Civil Veterinary Dept. Bombay admin report 1907-1913 - 1907-1913
Year: 1907
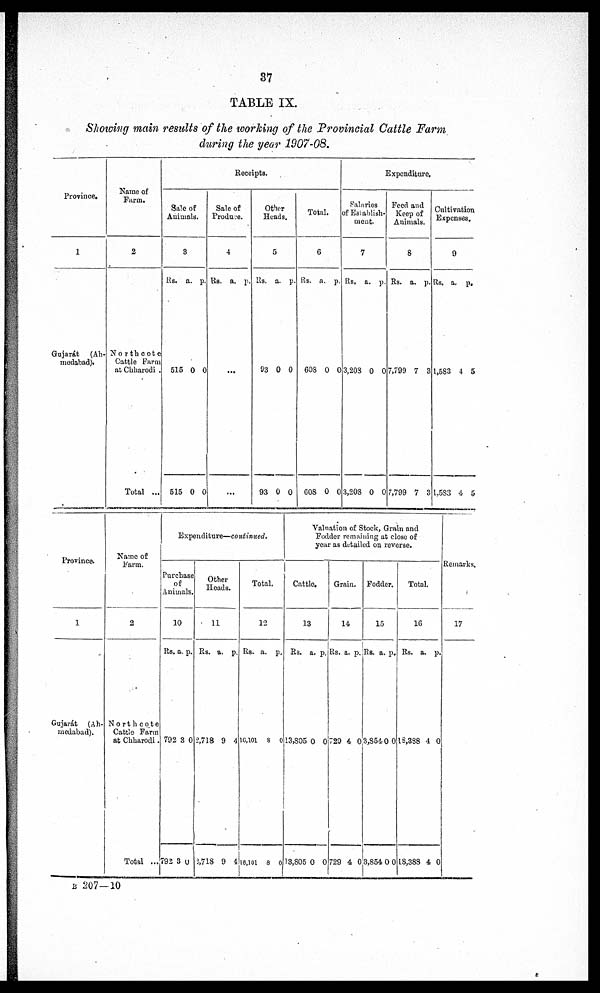
87
TABLE IX.
Showing main results of the working of the Provincial Cattle Farm
during the year 1907-08.
Province.
1
Gujarát (Ah¬
modabad).
Name of
Farm.
2
Northcote
Cattle Farm
at Chharodi
Total ...
Receipts.
Sale of
Animals.
8
Rs. a. p.
515 0 0
515 0 0
Sale of
Produce.
4
Rs. a. p.
...
Other
Heads.
5
Rs. a. p.
93 0 0
93 0 0
Total.
6
Rs. a. p.
60S 0 0
608 0 0
Expenditure.
Salaries
of Establish-
ment.
7
Rs. a. p.
3,203 0 0
3,208 0 0
Feed and
Keep of
Animals.
8
Rs. a. p.
7,799 7 8
7,799 7 3
Cultivation
Expenses.
9
Rs. a. p.
1,583 4 5
1,583 4 5
Province.
1
Gujarát (Ah-
medabad).
Name of
Farm.
2
Northcote
Cattle Farm
at Chharodi.
Total ...
Expenditure—continued.
Purchase
of
Animals.
10
Rs. a. p.
792 3 0
792 3 0
Other
Heads.
11
Rs. a. p.
2,718 9 4
2,718 9 4
Total.
12
Rs. a. p.
16,101 8 0
16,101 8 0
Valuation of Stock, Grain and
Fodder remaining at close of
year as detailed on reverse.
Cattle.
13
Rs. a. p.
13,805 0 0
18,805 0 0
Grain.
14
Rs. a. p.
729 4, 0
729 4. 0
Fodder.
15
Rs. a. p.
3,8540 0
8,854 0 0
Total.
16
Rs. a. p.
18,888 4 0
18,388 4 0
Remarks.
17
B 207—10